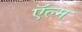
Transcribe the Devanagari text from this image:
ऍल्म